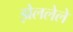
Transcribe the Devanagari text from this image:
झेललेले